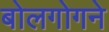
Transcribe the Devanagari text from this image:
बोलगोगने